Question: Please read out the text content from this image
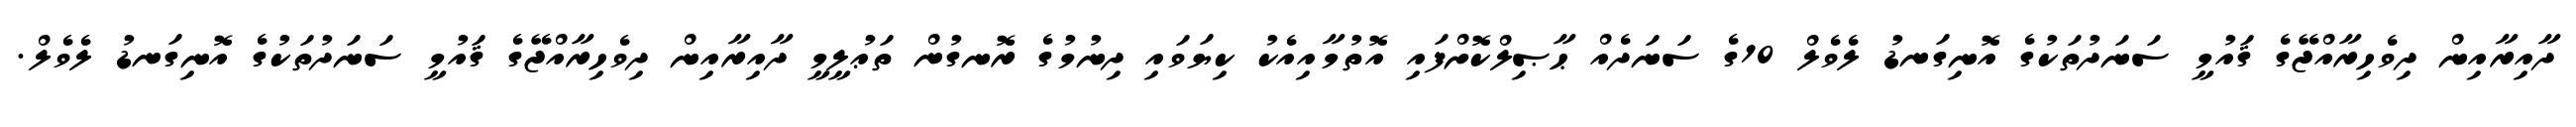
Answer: ދާއިރާއިން ދިވެހިރާއްޖޭގެ ޤައުމީ ސަނަދުތަކުގެ އޮނިގަނޑު ލެވެލް 10ގެ ސަނަދެއް ޙާޞިލްކޮށްފައި އޮތުމާއިއެކު ކިޔަވައި ދިނުމުގެ ރޮނގުން ތަޢުލީމީ ދާއިރާއިން ދިވެހިރާއްޖޭގެ ޤައުމީ ސަނަދުތަކުގެ އޮނިގަނޑު ލެވެލް.